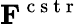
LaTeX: \mathbf{F}^{\mathrm{~c~s~t~r~}}